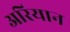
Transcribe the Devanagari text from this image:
अरियान